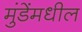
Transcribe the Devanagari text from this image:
मुंडेंमधील